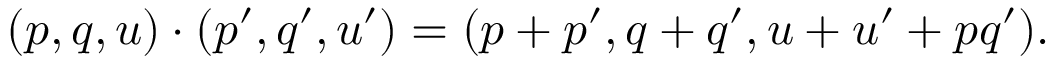
( p , q , u ) \cdot ( p ^ { \prime } , q ^ { \prime } , u ^ { \prime } ) = ( p + p ^ { \prime } , q + q ^ { \prime } , u + u ^ { \prime } + p q ^ { \prime } ) .